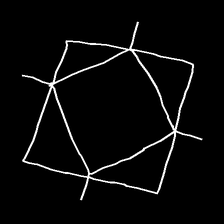
Glyph: light